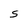
Character: S